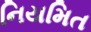
નિયમિત